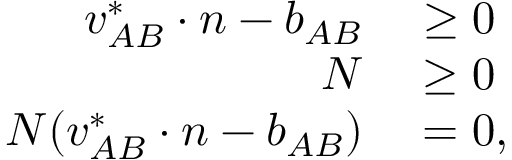
\begin{array} { r l } { { \boldsymbol { v } } _ { A B } ^ { * } \cdot { \boldsymbol { n } } - b _ { A B } } & { { } \geq 0 } \\ { N } & { { } \geq 0 } \\ { N ( { \boldsymbol { v } } _ { A B } ^ { * } \cdot { \boldsymbol { n } } - b _ { A B } ) } & { { } = 0 , } \end{array}